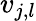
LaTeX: v_{j,l}